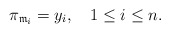
\begin{align*} \pi_{\mathfrak{m}_i}=y_i,\quad1\leq i\leq n. \end{align*}